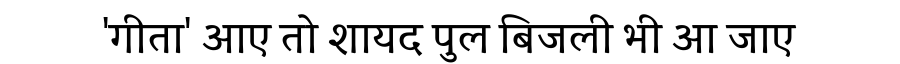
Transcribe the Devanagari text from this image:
'गीता' आए तो शायद पुल बिजली भी आ जाए